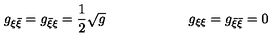
g _ { \xi \bar { \xi } } = g _ { \bar { \xi } \xi } = { \frac { 1 } { 2 } } \sqrt { g } \qquad \qquad \qquad g _ { \xi \xi } = g _ { \bar { \xi } \bar { \xi } } = 0